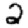
Digit: 2